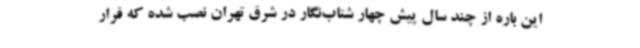
این‌ باره از چند سال پیش چهار شتاب‌نگار در شرق تهران نصب شده که قرار